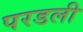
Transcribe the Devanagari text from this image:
परडली